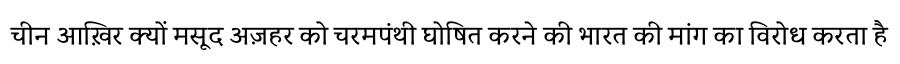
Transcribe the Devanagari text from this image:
चीन आख़िर क्यों मसूद अज़हर को चरमपंथी घोषित करने की भारत की मांग का विरोध करता है